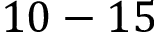
1 0 - 1 5